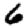
Digit: 6